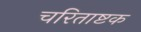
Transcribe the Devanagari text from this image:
चरिताष्टक